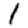
Digit: 1